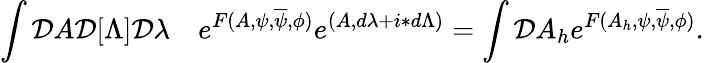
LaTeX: \int{\cal D}A{\cal D}[\Lambda]{\cal D}\lambda\quad e^{F(A,\psi,\overline{{\psi}},\phi)}e^{(A,d\lambda+i\ast d\Lambda)}=\int{\cal D}A_{h}e^{F(A_{h},\psi,\overline{{\psi}},\phi)}.